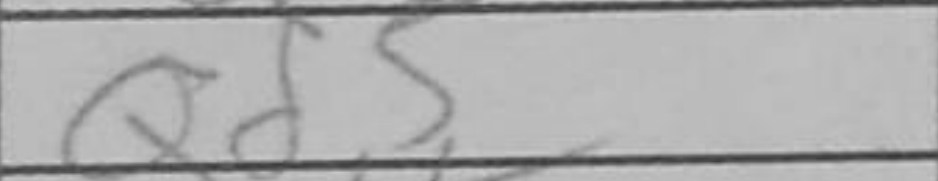
Transcription: Qd5